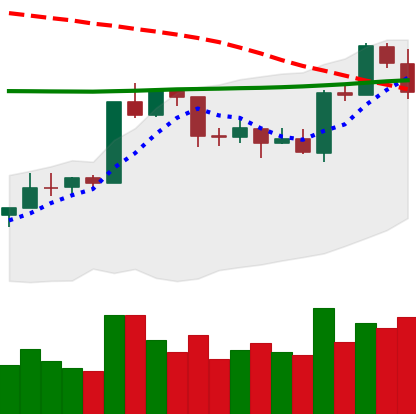
Ticker: ETH-USD
Chart end date: 2020-04-20
Forward return: 13.476%
Label: up_7plus